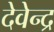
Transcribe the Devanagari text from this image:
देवेेन्द्र